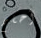
أحكم